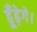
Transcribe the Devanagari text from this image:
ढूँढ़ेगे।